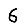
Digit: 6